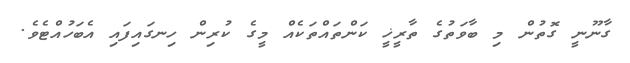
ގާނޫނީ ގޮތުން މި ބާވަތުގެ ތާރީޚީ ކަންތައްތަކެއް މީގެ ކުރިން ހިނގައިފައި އެބަހުއްޓެވެ.